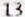
13